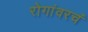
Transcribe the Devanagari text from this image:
रोगांवरचं